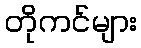
တိုကင်များ